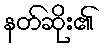
နတ်ဆိုး၏